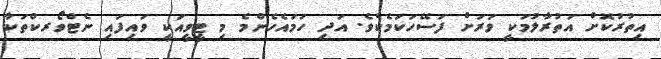
އިތުރުކޮށް އަތުރާލުމަކީ ވަރަށް ފަސޭހަކަމެކެވެ. އަދި ހަމައެހެންމެ މި ޓީވީއަކީ ވައިފައި ނެޓްވޯރކްތަކާ